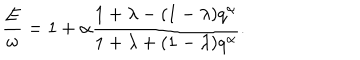
\frac { E } { \omega } = 1 + \alpha \frac { 1 + \lambda - ( 1 - \lambda ) q ^ { \alpha } } { 1 + \lambda + ( 1 - \lambda ) q ^ { \alpha } } .